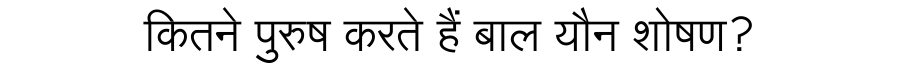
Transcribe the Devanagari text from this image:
कितने पुरुष करते हैं बाल यौन शोषण?